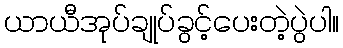
ယာယီအုပ်ချုပ်ခွင့်ပေးတဲ့ပွဲပါ။